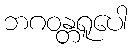
ဘဂဝန္တရူပေါ